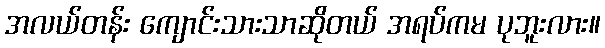
အလယ်တန်း ကျောင်းသားသာဆိုတယ် အရပ်ကမ ပုဘူးလား။